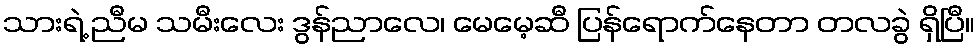
သားရဲ့ ညီမ သမီးလေး ဒွန်ညာလေ၊ မေမေ့ဆီ ပြန်ရောက်နေတာ တလခွဲ ရှိပြီ။